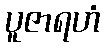
ပူဇာရဟံ